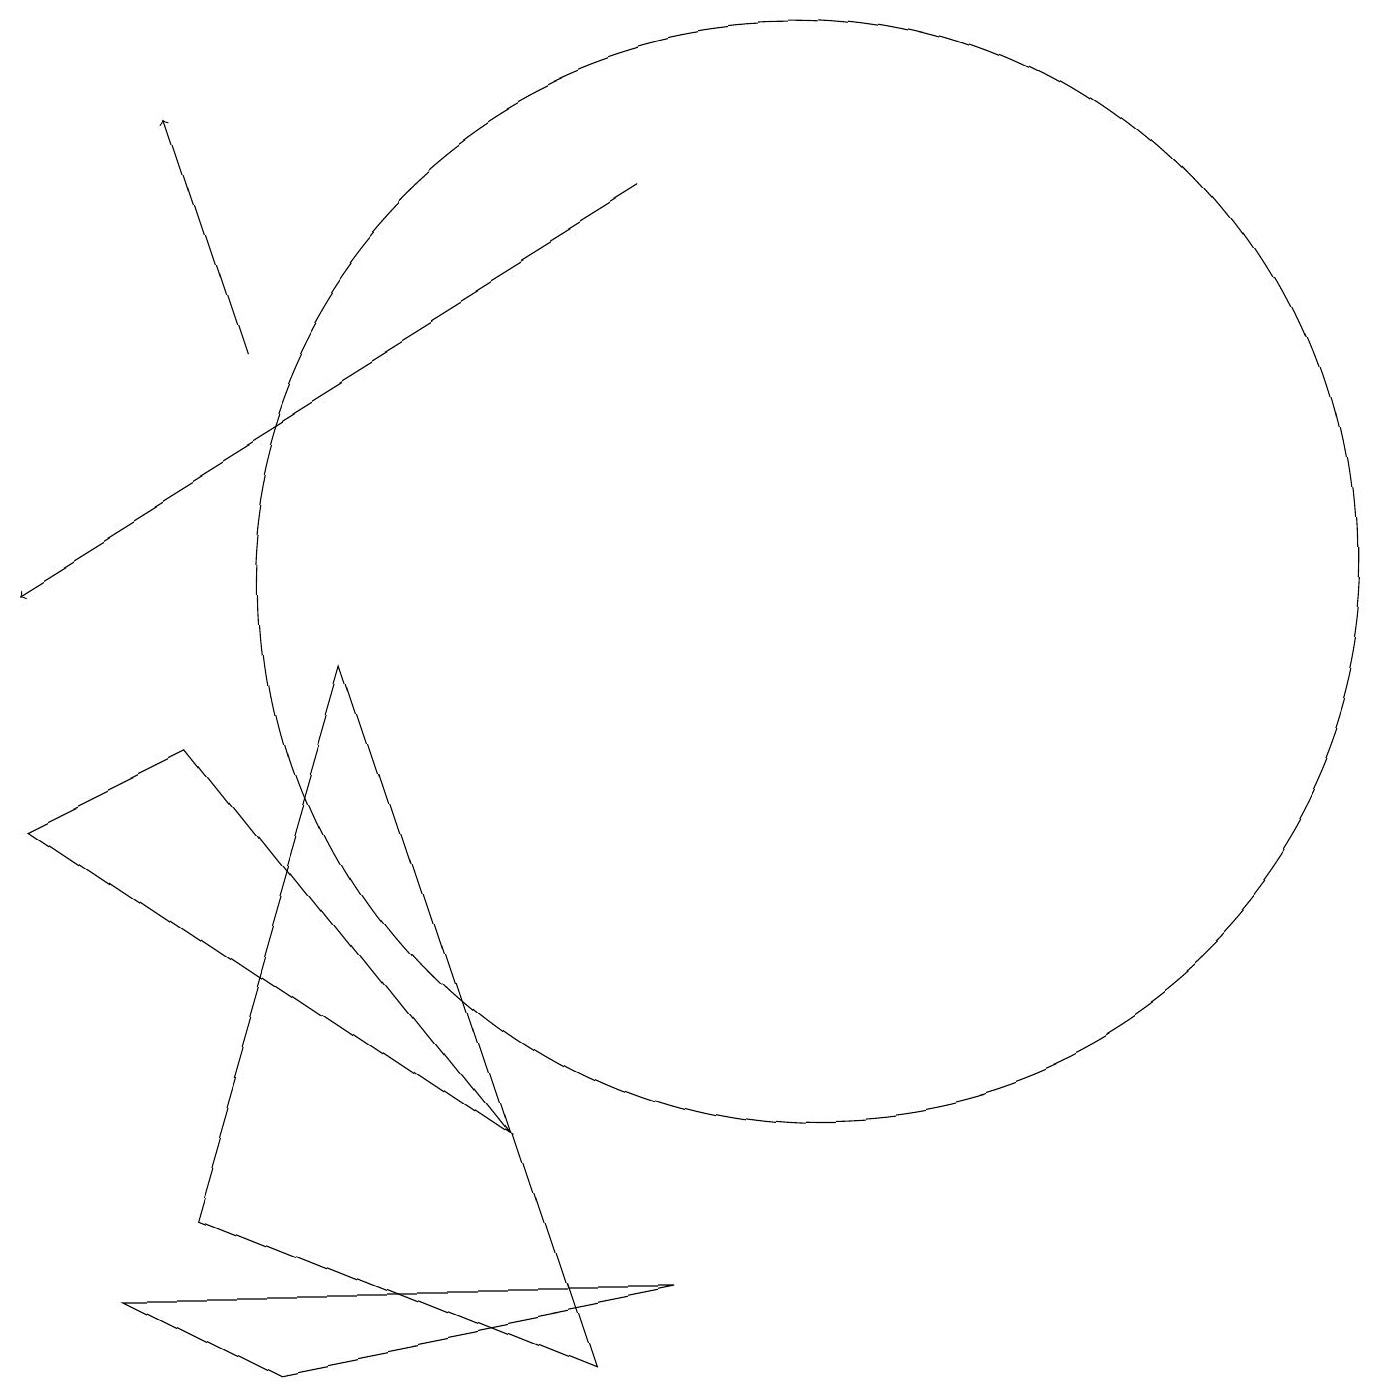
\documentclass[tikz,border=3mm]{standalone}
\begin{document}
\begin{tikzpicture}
\draw (7,0) -- (4,9) -- (2,2) -- cycle;
\draw (2,8) -- (6,3) -- (0,7) -- cycle;
\draw (10,10) circle (7);
\draw[->] (3,13) -- (2,16);
\draw (3,0) -- (8,1) -- (1,1) -- cycle;
\draw[->] (8,15) -- (0,10);
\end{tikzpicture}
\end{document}